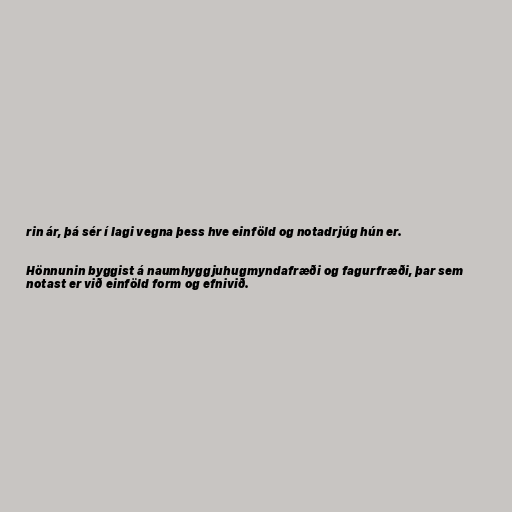
rin ár, þá sér í lagi vegna þess hve einföld og notadrjúg hún er.

Hönnunin byggist á naumhyggjuhugmyndafræði og fagurfræði, þar sem
notast er við einföld form og efnivið.